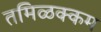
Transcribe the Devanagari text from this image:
तमिळक्कम